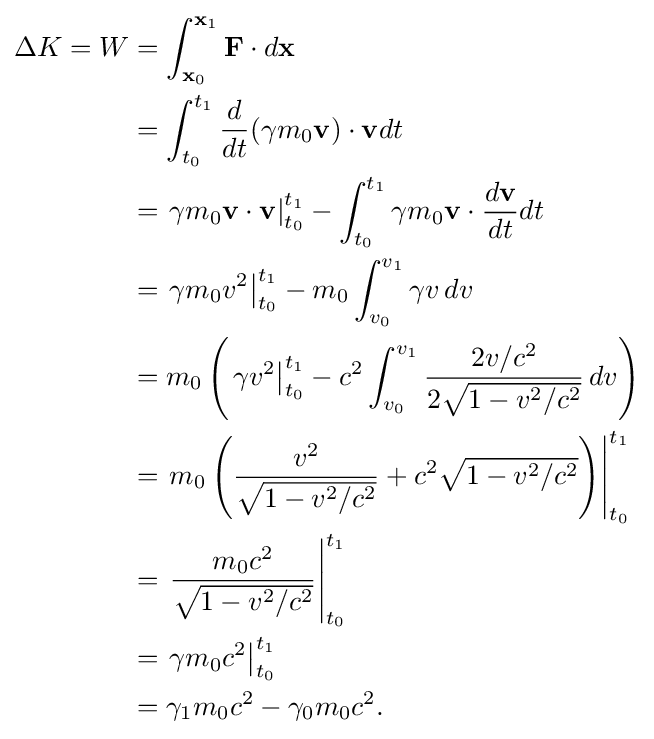
{\begin{aligned}\Delta K=W&=\int _{\mathbf {x} _{0}}^{\mathbf {x} _{1}}\mathbf {F} \cdot d\mathbf {x} \\&=\int _{t_{0}}^{t_{1}}{\frac {d}{dt}}(\gamma m_{0}\mathbf {v} )\cdot \mathbf {v} dt\\&=\left.\gamma m_{0}\mathbf {v} \cdot \mathbf {v} \right|_{t_{0}}^{t_{1}}-\int _{t_{0}}^{t_{1}}\gamma m_{0}\mathbf {v} \cdot {\frac {d\mathbf {v} }{dt}}dt\\&=\left.\gamma m_{0}v^{2}\right|_{t_{0}}^{t_{1}}-m_{0}\int _{v_{0}}^{v_{1}}\gamma v\,dv\\&=m_{0}\left(\left.\gamma v^{2}\right|_{t_{0}}^{t_{1}}-c^{2}\int _{v_{0}}^{v_{1}}{\frac {2v/c^{2}}{2{\sqrt {1-v^{2}/c^{2}}}}}\,dv\right)\\&=\left.m_{0}\left({\frac {v^{2}}{\sqrt {1-v^{2}/c^{2}}}}+c^{2}{\sqrt {1-v^{2}/c^{2}}}\right)\right|_{t_{0}}^{t_{1}}\\&=\left.{\frac {m_{0}c^{2}}{\sqrt {1-v^{2}/c^{2}}}}\right|_{t_{0}}^{t_{1}}\\&=\left.{\gamma m_{0}c^{2}}\right|_{t_{0}}^{t_{1}}\\&=\gamma _{1}m_{0}c^{2}-\gamma _{0}m_{0}c^{2}.\end{aligned}}